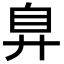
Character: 𢍂